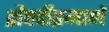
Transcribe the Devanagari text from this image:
द्रौपदीप्रमाणे